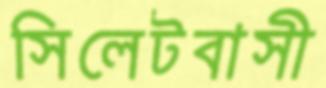
সিলেটবাসী